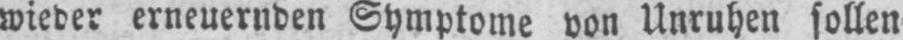
wieder erneuernden Symptome von Unruhen sollen